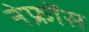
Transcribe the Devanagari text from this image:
नेफ्रोंस